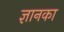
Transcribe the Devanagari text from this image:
ज्ञानका